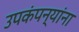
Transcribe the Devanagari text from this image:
उपकंपन्यांना